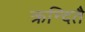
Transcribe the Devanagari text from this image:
क्रन्दितै